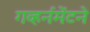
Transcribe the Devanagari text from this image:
गव्हर्नमेंटने